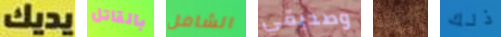
يديك بالقاتل الشامل وصديقي تراقب ذلك